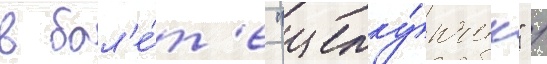
в бал'е́т'е "щелку́нчик" /